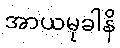
အာယမုခါနိ